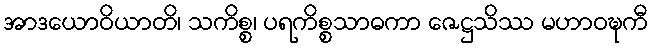
အာဒယောဝိယာတိ၊ သကိစ္စ၊ ပရကိစ္စသာဓကာ ဇေဋ္ဌသိဿ မဟာဝဍ္ဎကီ